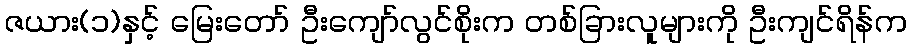
ဇယား(၁)နှင့် မြေးတော် ဦးကျော်လွင်စိုးက တစ်ခြားလူများကို ဦးကျင်ရိန်က